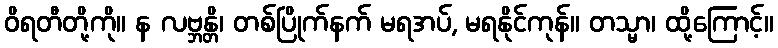
ဝိရတီတို့ကို။ န လဗ္ဘန္တိ၊ တစ်ပြိုက်နက် မရအပ်, မရနိုင်ကုန်။ တသ္မာ၊ ထို့ကြောင့်။